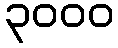
၃၀၀၀